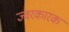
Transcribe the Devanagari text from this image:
ज्‍वरकारक